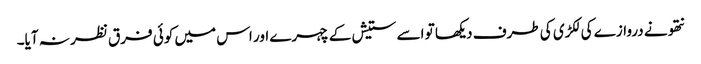
نتھو نے دروازے کی لکڑی کی طرف دیکھا تو اسے ستیش کے چہرے اور اس میں کوئی فرق نظر نہ آیا۔